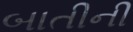
બાતીની